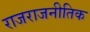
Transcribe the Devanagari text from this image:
राजराजनीतिक